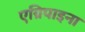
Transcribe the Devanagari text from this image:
एग्रिपाइना